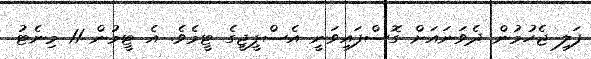
ފަލި ޖެހުމުން ދެވަނައަށް ގޮސްފައިވަނީ އެސްޕީޖީގެ ޓީމެވެ. އެ ޓީމުން 11 މިނެޓު